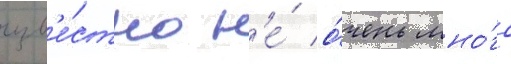
изв'е́стно н'е́ о́чень мно́го